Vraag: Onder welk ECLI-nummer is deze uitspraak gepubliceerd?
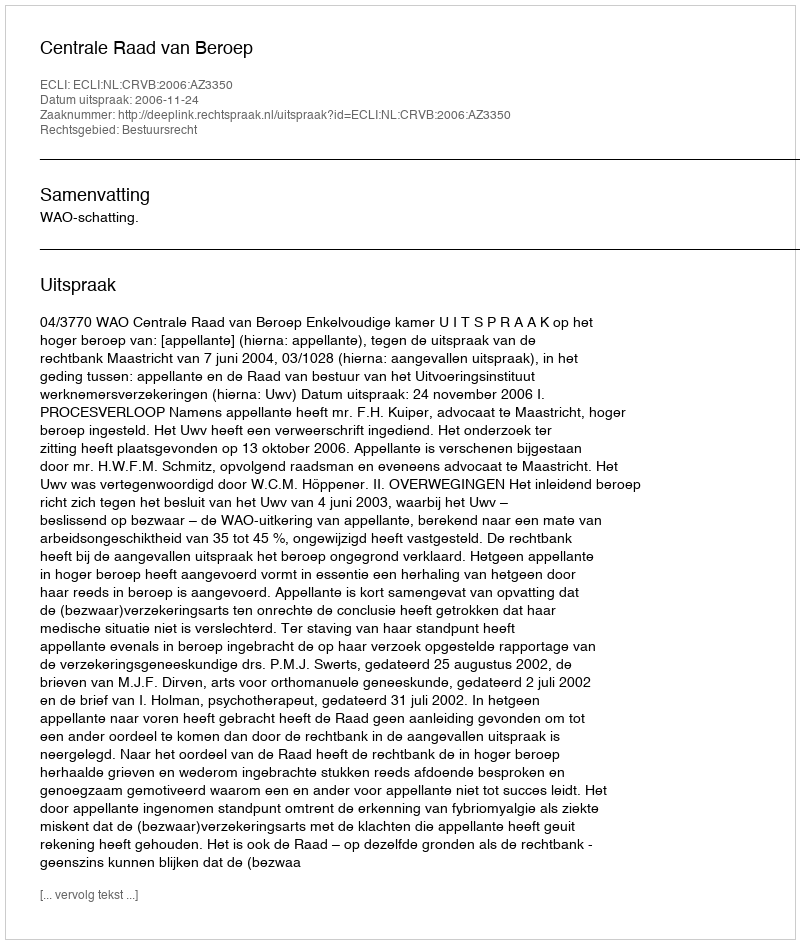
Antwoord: ECLI:NL:CRVB:2006:AZ3350